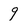
Character: 9